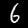
Digit: 6